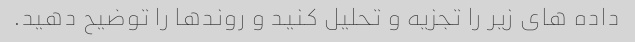
داده های زیر را تجزیه و تحلیل کنید و روندها را توضیح دهید.